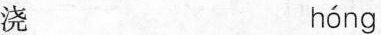
浇 hóng